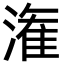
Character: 潅